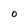
Character: 0